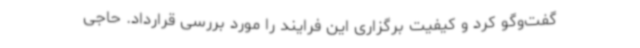
گفت‌وگو کرد و کیفیت برگزاری این فرایند را مورد بررسی قرارداد. حاجی